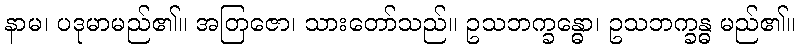
နာမ၊ ပဒုမာမည်၏။ အတြဇော၊ သားတော်သည်။ ဥသဘက္ခန္ဓော၊ ဥသဘက္ခန္ဓ မည်၏။